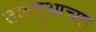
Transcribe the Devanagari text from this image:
ताल्गुआच्या